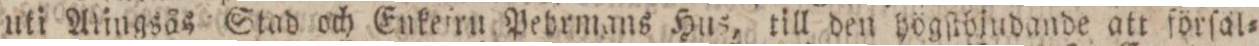
uti Alingsås Stad och Enkeirn Pebrmans Hus, till den högſtbjudande att förſäl=